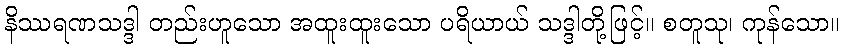
နိဿရဏသဒ္ဒါ တည်းဟူသော အထူးထူးသော ပရိယာယ် သဒ္ဒါတို့ဖြင့်။ စတူသု၊ ကုန်သော။